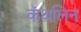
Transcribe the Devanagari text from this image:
कॅथलिन